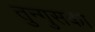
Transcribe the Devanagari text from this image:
तुन्गुसका